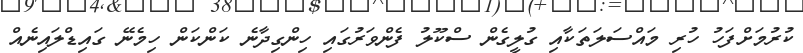
ކުރުމަށްފަހު ހުރި މައްސަލަތަކާއި ގުލީގެން ސްކޫލު ފެންވަރުގައި ހިންގިދާނެ ކަންކަން ހިމެނޭ ގައިޑްލައިނެއް